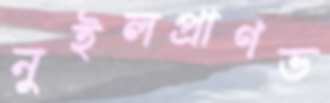
নুইলপ্রাণভ